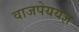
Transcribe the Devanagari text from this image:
वाजपेययज्ञ